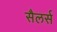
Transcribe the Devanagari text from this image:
सैलर्स